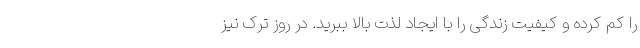
را کم کرده و کیفیت زندگی را با ایجاد لذت بالا ببرید. در روز ترک نیز